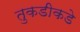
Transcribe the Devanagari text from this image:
तुकडीकडे